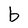
Character: b